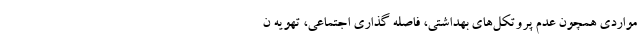
مواردی همچون عدم پروتکل‌های بهداشتی، فاصله گذاری اجتماعی، تهویه ن